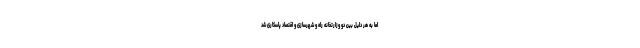
اما به هر دلیل بین دو وزارتخانه راه و شهرسازی و اقتصاد پاسکاری شد